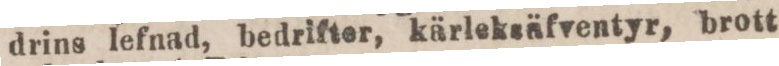
drins lefnad, bedrifter, kärleksäfventyr, brott